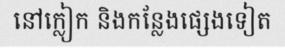
នៅក្លៀក និងកន្លែងផ្សេងទៀត